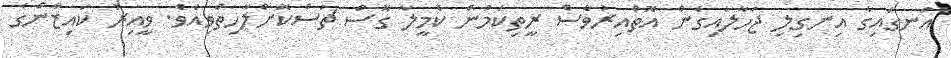
އަނގައިގާ އިނގިލި ޖަހާލައިގެން އޮތްއިރުވެސް ރީތިކަމުން ކެމީލާ ގޮސް ޗަސްކޮށްލާހިތްވިއެވެ. ވީއިރު ކައިޒާންގެ